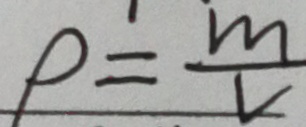
\rho = \frac { m } { v }